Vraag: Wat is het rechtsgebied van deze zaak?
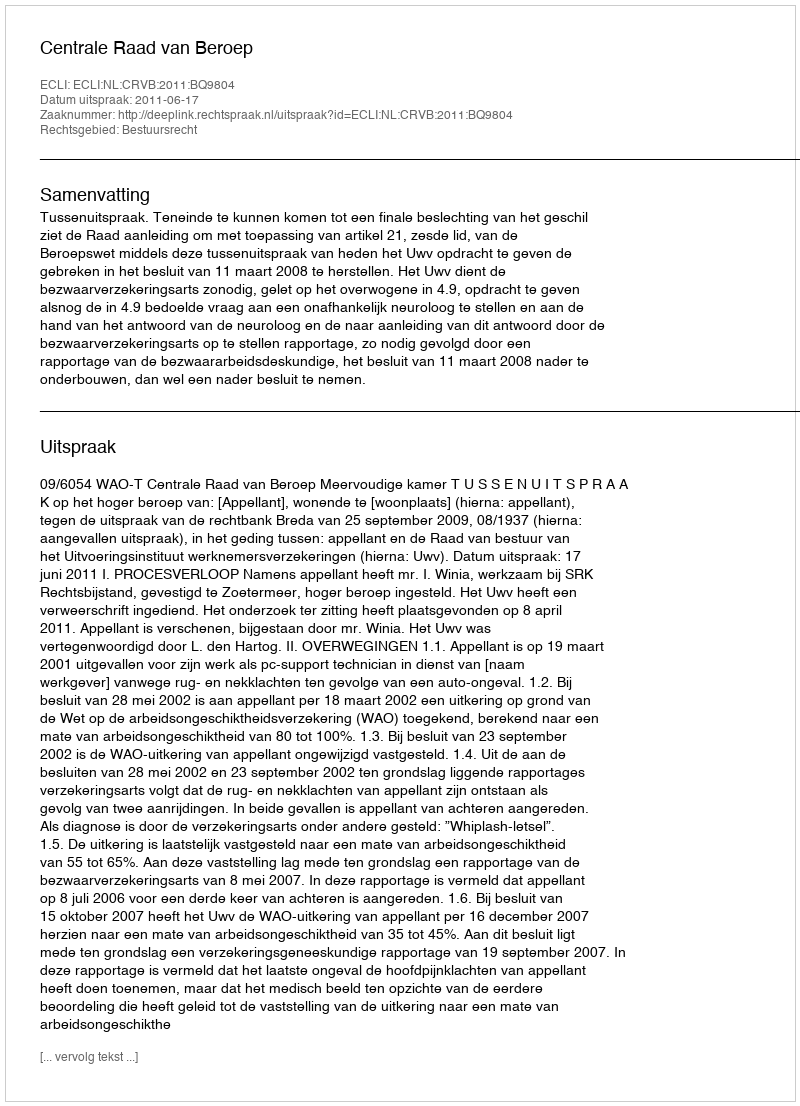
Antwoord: Bestuursrecht